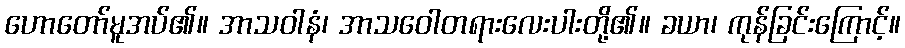
ဟောတော်မူအပ်၏။ အာသဝါနံ၊ အာသဝေါတရားလေးပါးတို့၏။ ခယာ၊ ကုန်ခြင်းကြောင့်။